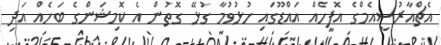
އެޗްއާރުސީއެމްގެ އޮފީހެއް އައްޑޫގައި ހުޅުވުމާ ގުޅޭ ގޮތުން އެ ކޮމިޝަންގެ ބަހެއް އަދި